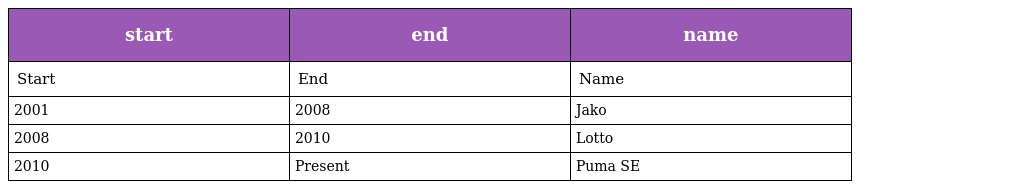
| start | end | name |
 | --- | --- | --- |
 | Start | End | Name |
 | 2001 | 2008 | Jako |
 | 2008 | 2010 | Lotto |
 | 2010 | Present | Puma SE |